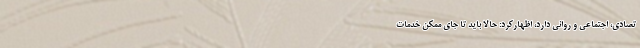
تصادی، اجتماعی و روانی دارد، اظهارکرد: حالا باید تا جای ممکن خدمات